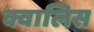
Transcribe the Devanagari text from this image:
क्वालिस